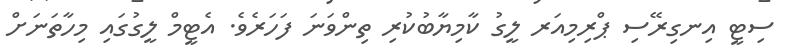
ސިޓީ އިނގިރޭސި ޕްރިމިއަރ ލީގު ކާމިޔާބުކުރި ތިންވަނަ ފަހަރެވެ. އެޓީމް ލީގުގައި މިހާތަނަށް